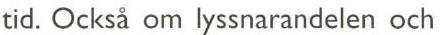
tid. Också om lyssnarandelen och